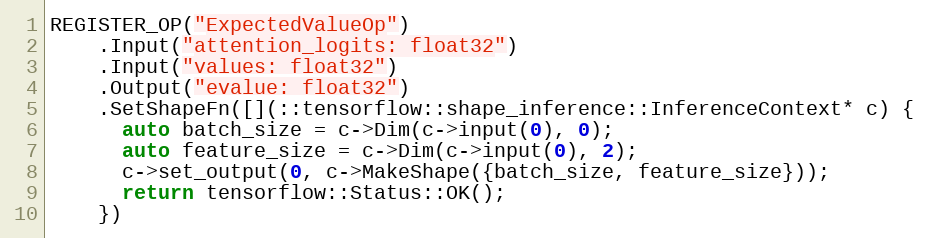
Language: C++
REGISTER_OP("ExpectedValueOp")
    .Input("attention_logits: float32")
    .Input("values: float32")
    .Output("evalue: float32")
    .SetShapeFn([](::tensorflow::shape_inference::InferenceContext* c) {
      auto batch_size = c->Dim(c->input(0), 0);
      auto feature_size = c->Dim(c->input(0), 2);
      c->set_output(0, c->MakeShape({batch_size, feature_size}));
      return tensorflow::Status::OK();
    })